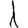
Digit: 1